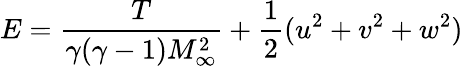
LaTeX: E=\frac{T}{\gamma(\gamma-1)M_{\infty}^{2}}+\frac{1}{2}(u^{2}+v^{2}+w^{2})